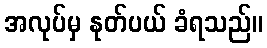
အလုပ်မှ နုတ်ပယ် ခံရသည်။